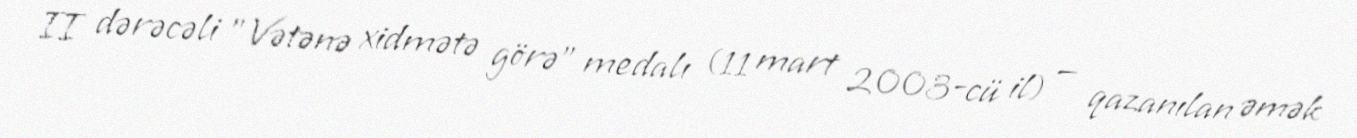
II dərəcəli "Vətənə xidmətə görə" medalı (11 mart 2003-cü il) — qazanılan əmək